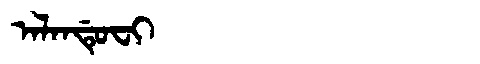
Manchu: ᠠᠯᠠᠨᡩᡠᠸᡳ
Romanization: ALANDUFI